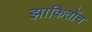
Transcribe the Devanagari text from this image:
झाकितोंच